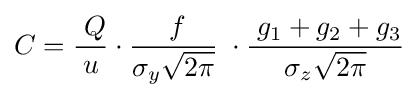
C={\frac {\;Q}{u}}\cdot {\frac {\;f}{\sigma _{y}{\sqrt {2\pi }}}}\;\cdot {\frac {\;g_{1}+g_{2}+g_{3}}{\sigma _{z}{\sqrt {2\pi }}}}